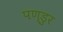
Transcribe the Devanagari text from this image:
पण्डुर